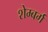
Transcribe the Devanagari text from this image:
शेम्बर्ग